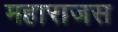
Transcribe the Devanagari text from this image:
महाराजस